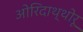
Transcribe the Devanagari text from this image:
ओरिदाथ्थोरू